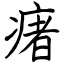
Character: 瘏